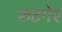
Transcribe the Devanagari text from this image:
रुटगेर